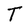
Character: T